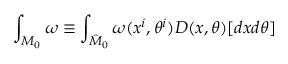
\int _ { { \cal M } _ { 0 } } \omega \equiv \int _ { \hat { \cal M } _ { 0 } } \omega ( x ^ { i } , \theta ^ { i } ) D ( x , \theta ) [ d x d \theta ]